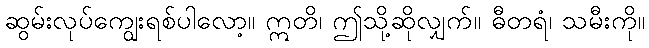
ဆွမ်းလုပ်ကျွေးရစ်ပါလော့။ ဣတိ၊ ဤသို့ဆိုလျှက်။ ဓီတရံ၊ သမီးကို။